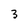
Character: 3